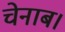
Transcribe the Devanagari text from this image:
चेनाब।